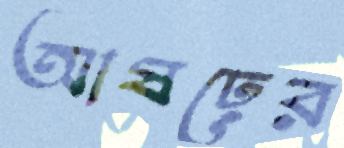
আষঢ়ের